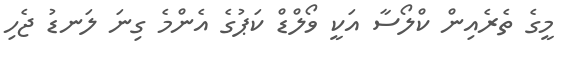
މީގެ ތެރެއިން ކްލޯސާ އަކީ ވޯލްޑް ކަޕުގެ އެންމެ ގިނަ ލަނޑު ޖެހި